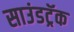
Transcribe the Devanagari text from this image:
साउंडट्रॅक